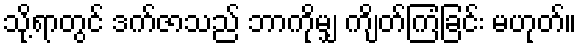
သို့ရာတွင် ဒက်ဇာသည် ဘာကိုမျှ ကျိတ်ကြံခြင်း မဟုတ်။